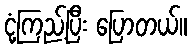
ငုံ့ကြည့်ပြီး ပြောတယ်။